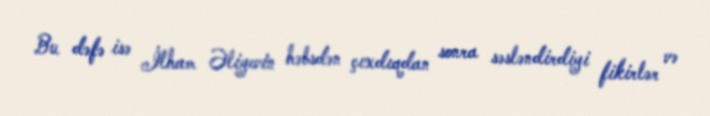
Bu dəfə isə İlham Əliyevin həbsdən çıxdıqdan sonra səsləndirdiyi fikirlər və